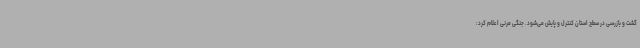
گشت و بازرسی در سطح استان کنترل و پایش می‌شود. جنگی مرنی اعلام کرد: